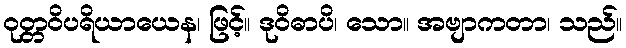
ဝုတ္တဝိပရိယာယေန၊ ဖြင့်။ ဒုဝိဓာပိ၊ သော။ အဗျာကတာ၊ သည်။